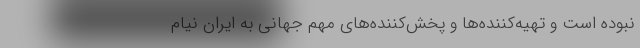
نبوده است و تهیه‌کننده‌ها و پخش‌کننده‌های مهم جهانی به ایران نیام